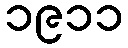
၁၉၁၁